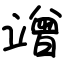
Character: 竲